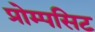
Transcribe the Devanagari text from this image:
प्रोम्पसिट